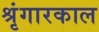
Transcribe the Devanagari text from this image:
श्रृंगारकाल